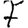
Digit: 7